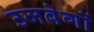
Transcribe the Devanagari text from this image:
उजबेगों